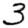
Digit: 3